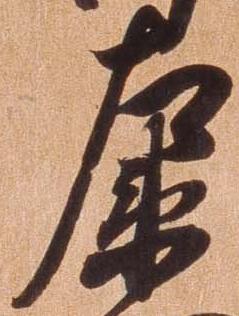
左